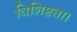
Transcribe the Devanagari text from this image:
विशिष्टता।